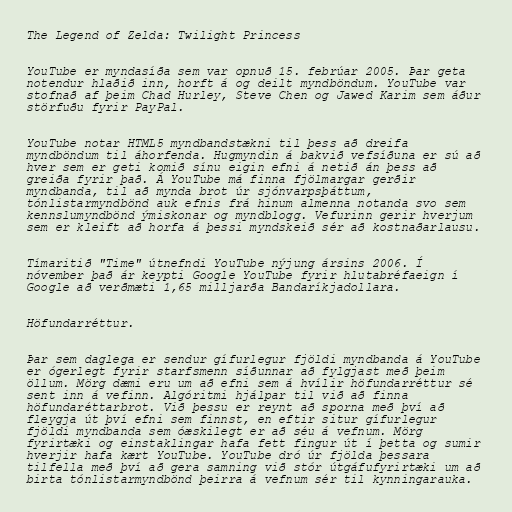
The Legend of Zelda: Twilight Princess

YouTube er myndasíða sem var opnuð 15. febrúar 2005. Þar geta
notendur hlaðið inn, horft á og deilt myndböndum. YouTube var
stofnað af þeim Chad Hurley, Steve Chen og Jawed Karim sem áður
störfuðu fyrir PayPal.

YouTube notar HTML5 myndbandstækni til þess að dreifa
myndböndum til áhorfenda. Hugmyndin á bakvið vefsíðuna er sú að
hver sem er geti komið sínu eigin efni á netið án þess að
greiða fyrir það. Á YouTube má finna fjölmargar gerðir
myndbanda, til að mynda brot úr sjónvarpsþáttum,
tónlistarmyndbönd auk efnis frá hinum almenna notanda svo sem
kennslumyndbönd ýmiskonar og myndblogg. Vefurinn gerir hverjum
sem er kleift að horfa á þessi myndskeið sér að kostnaðarlausu.

Tímaritið "Time" útnefndi YouTube nýjung ársins 2006. Í
nóvember það ár keypti Google YouTube fyrir hlutabréfaeign í
Google að verðmæti 1,65 milljarða Bandaríkjadollara.

Höfundarréttur.

Þar sem daglega er sendur gífurlegur fjöldi myndbanda á YouTube
er ógerlegt fyrir starfsmenn síðunnar að fylgjast með þeim
öllum. Mörg dæmi eru um að efni sem á hvílir höfundarréttur sé
sent inn á vefinn. Algóritmi hjálpar til við að finna
höfundaréttarbrot. Við þessu er reynt að sporna með því að
fleygja út því efni sem finnst, en eftir situr gífurlegur
fjöldi myndbanda sem óæskilegt er að séu á vefnum. Mörg
fyrirtæki og einstaklingar hafa fett fingur út í þetta og sumir
hverjir hafa kært YouTube. YouTube dró úr fjölda þessara
tilfella með því að gera samning við stór útgáfufyrirtæki um að
birta tónlistarmyndbönd þeirra á vefnum sér til kynningarauka.